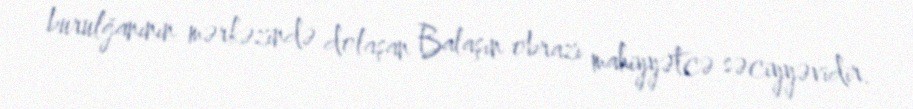
burulğanının mərkəzində dolaşan Balaşın obrazı mahiyyətcə səciyyəvidir.